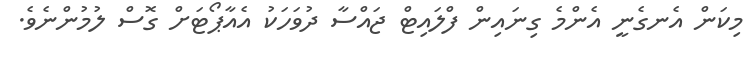
މިކަން އެނގެނީ އެންމެ ގިނައިން ފްލައިޓް ޖައްސާ ދުވަހަކު އެއާޕޯޓަށް ގޮސް ލުމުންނެވެ.